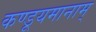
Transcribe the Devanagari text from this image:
कण्डूयमानाम्